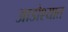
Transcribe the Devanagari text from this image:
आडोश्यात